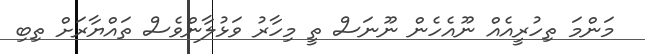
މަންމަ ތިހުރީއެއް ނޫއެހެން ނޫނަސް ތީ މިހާރު ވަޅުލާންވެސް ތައްޔާރަށް ތިބި